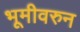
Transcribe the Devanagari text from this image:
भूमीवरुन